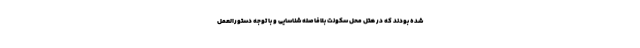
شده بودند که در هتل محل سکونت بلافاصله شناسایی و با توجه دستورالعمل